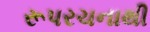
રૂપરચનાથી